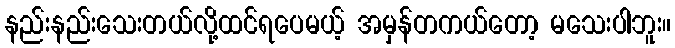
နည်းနည်းသေးတယ်လို့ထင်ရပေမယ့် အမှန်တကယ်တော့ မသေးပါဘူး။